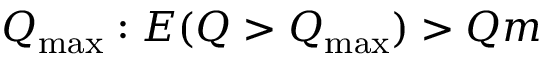
Q _ { \operatorname* { m a x } } : E ( Q > Q _ { \operatorname* { m a x } } ) > Q m